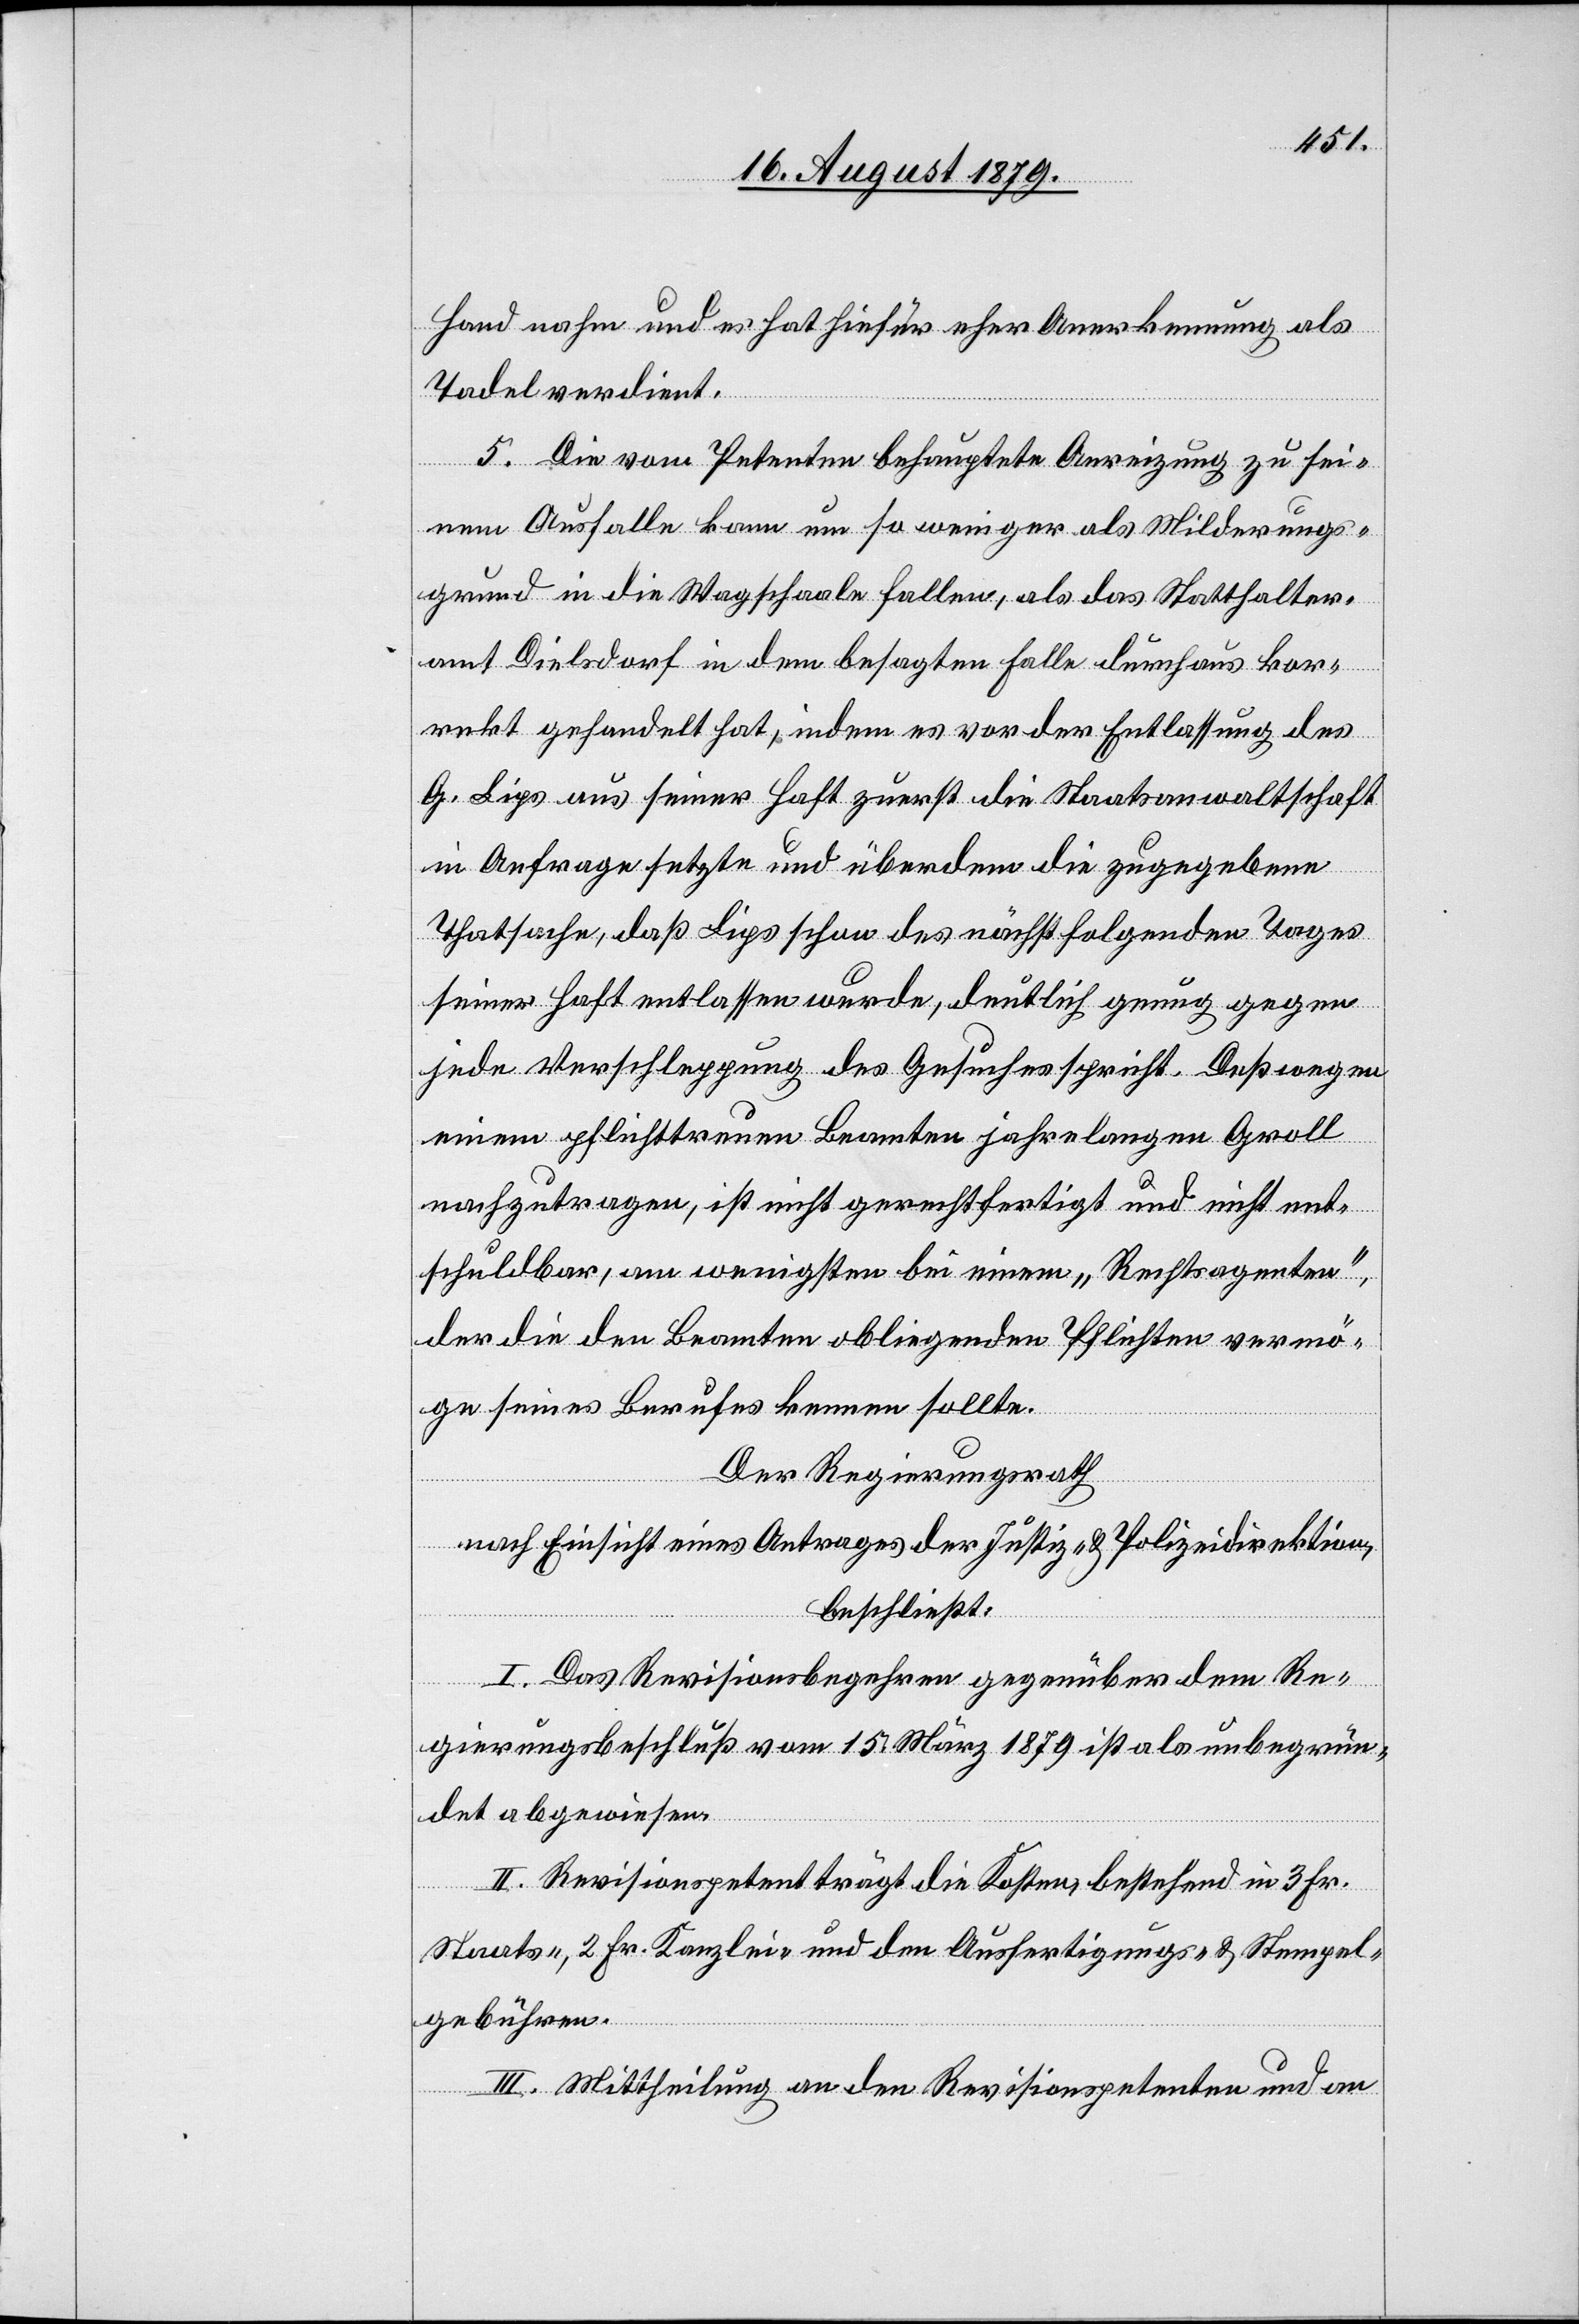
Hand nahm und es hat hiefür eher Anerkennung als
Tadel verdient.
5. Die vom Petenten behauptete Anreizung zu sei¬
nem Ausfalle kann um so weniger als Milderungs¬
grund in die Wagschaale fallen, als das Statthalter¬
amt Dielsdorf in dem besagten Falle durchaus kor¬
rekt gehandelt hat, indem es von der Entlassung des
G. Lips aus seiner Haft zuerst die Staatsanwaltschaft
in Anfrage setzte und überdem die zugegebene
Thatsache, daß Lips schon des nächstfolgenden Tages
seiner Haft entlassen wurde, deutlich genug gegen
jede Verschleppung des Gesuches spricht. Deßwegen
einem pflichttreuen Beamten jahrelangen Groll
nachzutragen, ist nicht gerechtfertigt und nicht ent¬
schuldbar, am wenigsten bei einem „Rechtsagenten“,
der die den Beamten obliegenden Pflichten vermö¬
ge seines Berufes kommen sollte.
Der Regierungsrath
nach Einsicht eines Antrages der Justiz- & Polizeidirektion,
beschließt:
I. Das Revisionsbegehren gegenüber dem Re¬
gierungsbeschluß vom 15. März 1879 ist als unbegrün¬
det abgewiesen.
II. Revisionspetent trägt die Kosten bestehend in 3 Fr.
Staats-, 2 Fr. Kanzlei- und den Ausfertigungs- und Stempel¬
gebühren.
III. Mittheilung an den Revisionspetenten und an